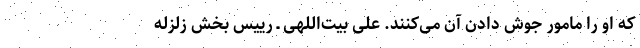
که او را مامور جوش دادن آن می‌کنند. علی بیت‌اللهی ـ رییس بخش زلزله